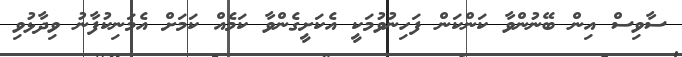
ސާވިސް އިން ބޭނުންވާ ކަންކަން ފަހިނުވުމަކީ އެކަށީގެންވާ ކަމެއް ކަމަށް އެމަނިކުފާނު ވިދާޅުވި